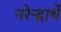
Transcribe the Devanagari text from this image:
नरेन्द्रार्थे